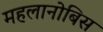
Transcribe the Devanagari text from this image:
महलानोबिस